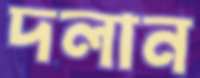
দলান